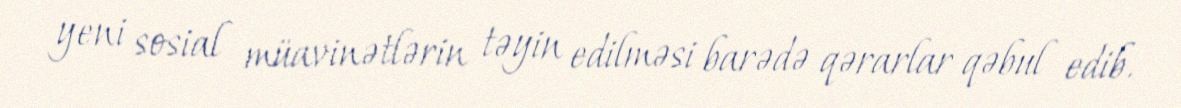
yeni sosial müavinətlərin təyin edilməsi barədə qərarlar qəbul edib.